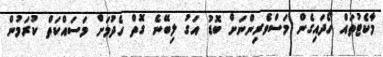
މާކެޓުތައް ހޯދައިގެން މަސްވެރިންނަށް ބޮޑު އަގު ލިބޭނެ ގޮތް ހެދުމަށް މަސައްކަތް ކުރަމުން